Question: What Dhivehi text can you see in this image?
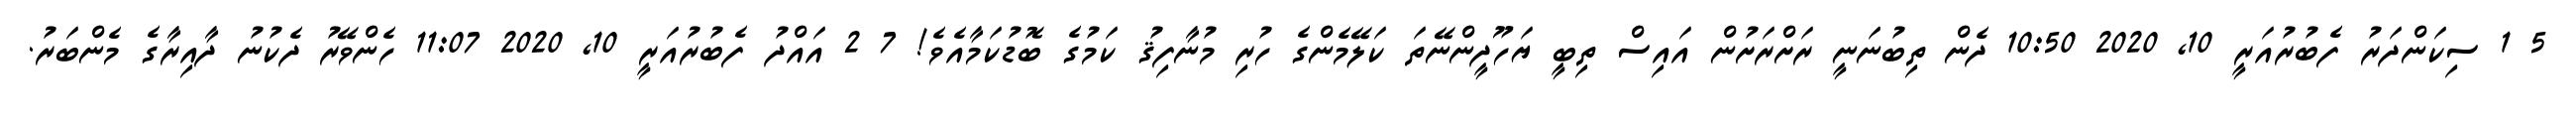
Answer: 5 1 ސިކަންދަރު ފެބުރުއަރީ 10, 2020 10:50 ދެން ތިބުނަނީ ރަށްރަށުން އައިސް ތިބީ ޔަހޫދީންނޭތަ ކަލޭމެންގެ ހުރި މުނާފިޤު ކަމުގެ ބޮޑުކަމާއެވެ! 7 2 އައްދު ފެބުރުއަރީ 10, 2020 11:07 ހެންވޭރު ދެކުނު ދާއިރާގެ މެންބަރު.